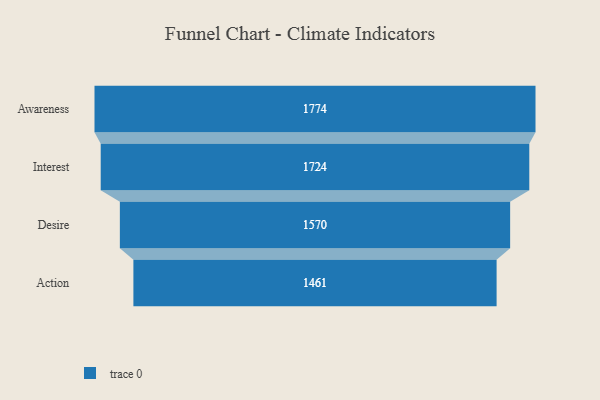
{"axis": {"x": "Stage", "y": "Value"}, "legend": [""], "data": [{"x": "Awareness", "y": 1774.0, "type": ""}, {"x": "Interest", "y": 1724.0, "type": ""}, {"x": "Desire", "y": 1570.0, "type": ""}, {"x": "Action", "y": 1461.0, "type": ""}]}